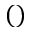
( )